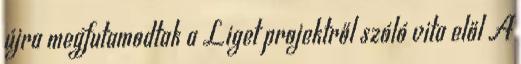
újra megfutamodtak a Liget projektről szóló vita elől A